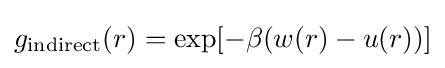
g_{\rm {indirect}}(r)=\exp[-\beta (w(r)-u(r))]